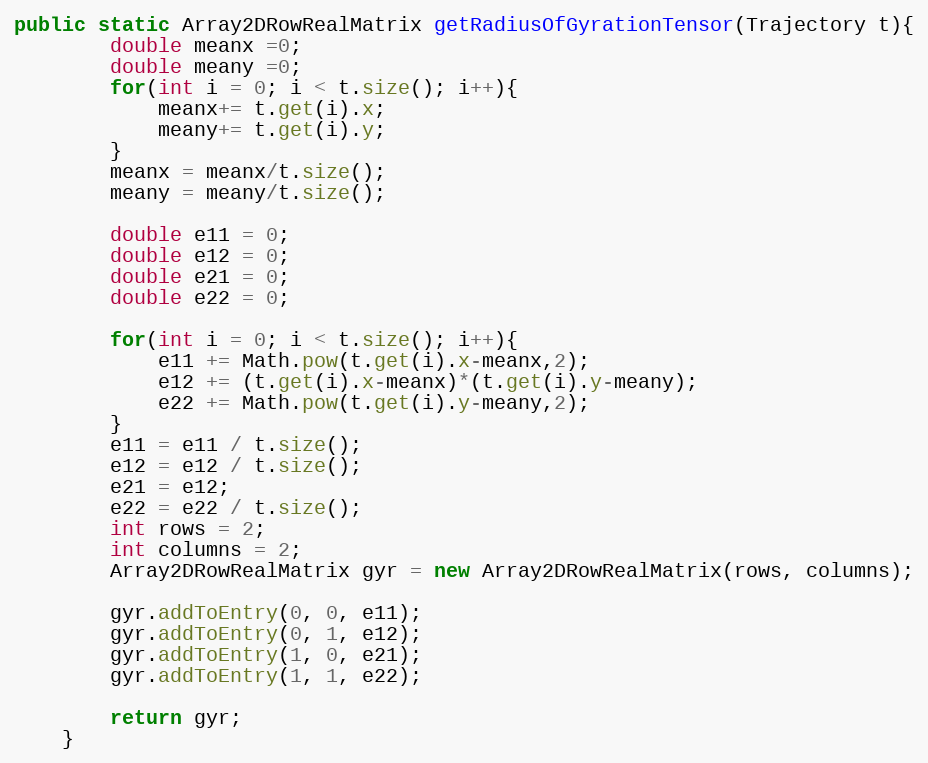
Language: Java
public static Array2DRowRealMatrix getRadiusOfGyrationTensor(Trajectory t){
		double meanx =0;
		double meany =0;
		for(int i = 0; i < t.size(); i++){
			meanx+= t.get(i).x;
			meany+= t.get(i).y;
		}
		meanx = meanx/t.size();
		meany = meany/t.size();

		double e11 = 0;
		double e12 = 0;
		double e21 = 0;
		double e22 = 0;

		for(int i = 0; i < t.size(); i++){
			e11 += Math.pow(t.get(i).x-meanx,2);
			e12 += (t.get(i).x-meanx)*(t.get(i).y-meany);
			e22 += Math.pow(t.get(i).y-meany,2);
		}
		e11 = e11 / t.size();
		e12 = e12 / t.size();
		e21 = e12;
		e22 = e22 / t.size();
		int rows = 2;
		int columns = 2;
		Array2DRowRealMatrix gyr = new Array2DRowRealMatrix(rows, columns);

		gyr.addToEntry(0, 0, e11);
		gyr.addToEntry(0, 1, e12);
		gyr.addToEntry(1, 0, e21);
		gyr.addToEntry(1, 1, e22);

		return gyr;
	}